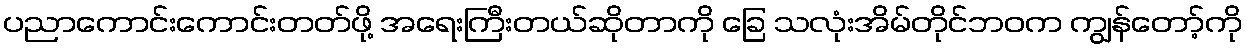
ပညာကောင်းကောင်းတတ်ဖို့ အရေးကြီးတယ်ဆိုတာကို ခြေ သလုံးအိမ်တိုင်ဘဝက ကျွန်တော့်ကို